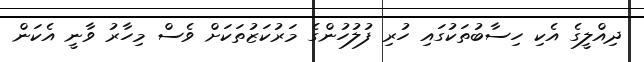
ދިއްލީގެ އެކި ހިސާބުތަކުގައި ހުރި ފުލުހުންގެ މަރުކަޒުތަކަށް ވެސް މިހާރު ވާނީ އެކަން